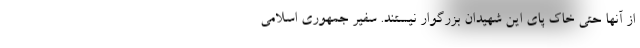
از آنها حتی خاک پای این شهیدان بزرگوار نیستند. سفیر جمهوری اسلامی